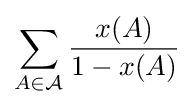
\sum _{A\in {\mathcal {A}}}{\frac {x(A)}{1-x(A)}}